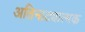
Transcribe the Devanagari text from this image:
अतिनाट्यात्मक